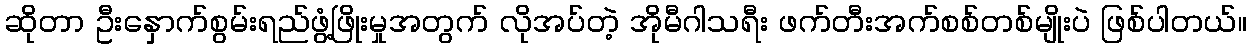
ဆိုတာ ဦးနှောက်စွမ်းရည်ဖွံ့ဖြိုးမှုအတွက် လိုအပ်တဲ့ အိုမီဂါသရီး ဖက်တီးအက်စစ်တစ်မျိုးပဲ ဖြစ်ပါတယ်။